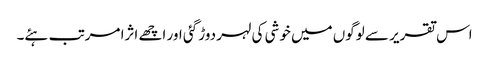
اس تقریر سے لوگوں میں خوشی کی لہر دوڑ گئی اور اچھے اثرا مرتب ہئے۔